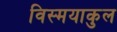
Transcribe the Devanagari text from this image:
विस्मयाकुल